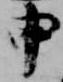
申